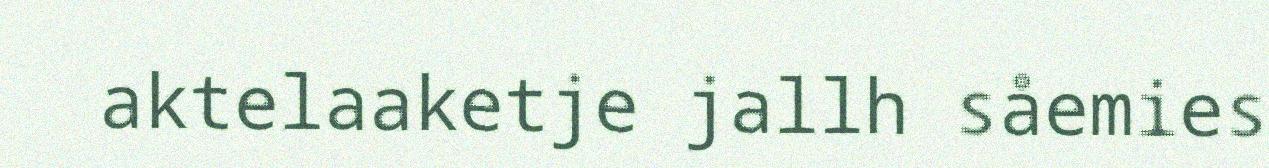
aktelaaketje jallh såemies